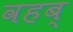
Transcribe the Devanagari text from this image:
वहब्